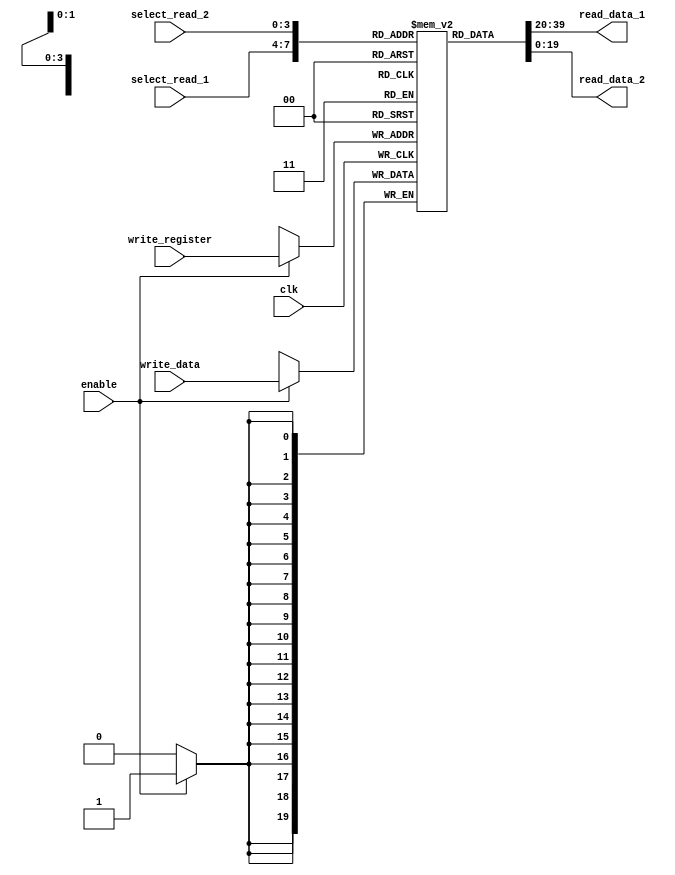
module register_file (
  input clk,
  input enable,
  input [19:0] write_data,
  input [3:0] write_register,
  input [3:0] select_read_1,
  input [3:0] select_read_2,
  output [19:0] read_data_1,
  output [19:0] read_data_2
);
// Declare registers
reg [19:0] registers [15:0];
// Read data from selected registers
always @(*) begin
  read_data_1 = registers[select_read_1];
  read_data_2 = registers[select_read_2];
end
// Write to register on rising edge of clock
always @(posedge clk) begin
  if (enable) begin
    registers[write_register] <= write_data;
  end
end
endmodule